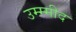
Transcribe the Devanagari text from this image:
उम्म्मीद